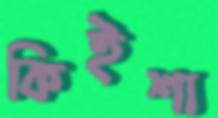
কিইশা